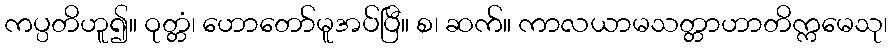
ကပ္ပတိဟူ၍။ ဝုတ္တံ၊ ဟောတော်မူအပ်ပြီ။ စ၊ ဆက်။ ကာလယာမသတ္တာဟာတိက္ကမေသု၊